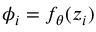
\phi _ { i } = f _ { \theta } ( z _ { i } )